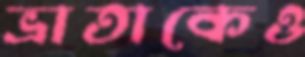
ভ্রাতাকেও